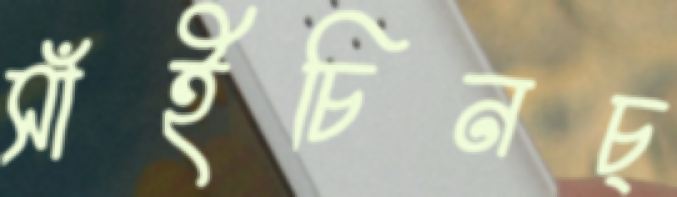
সাঁইচিনচ্